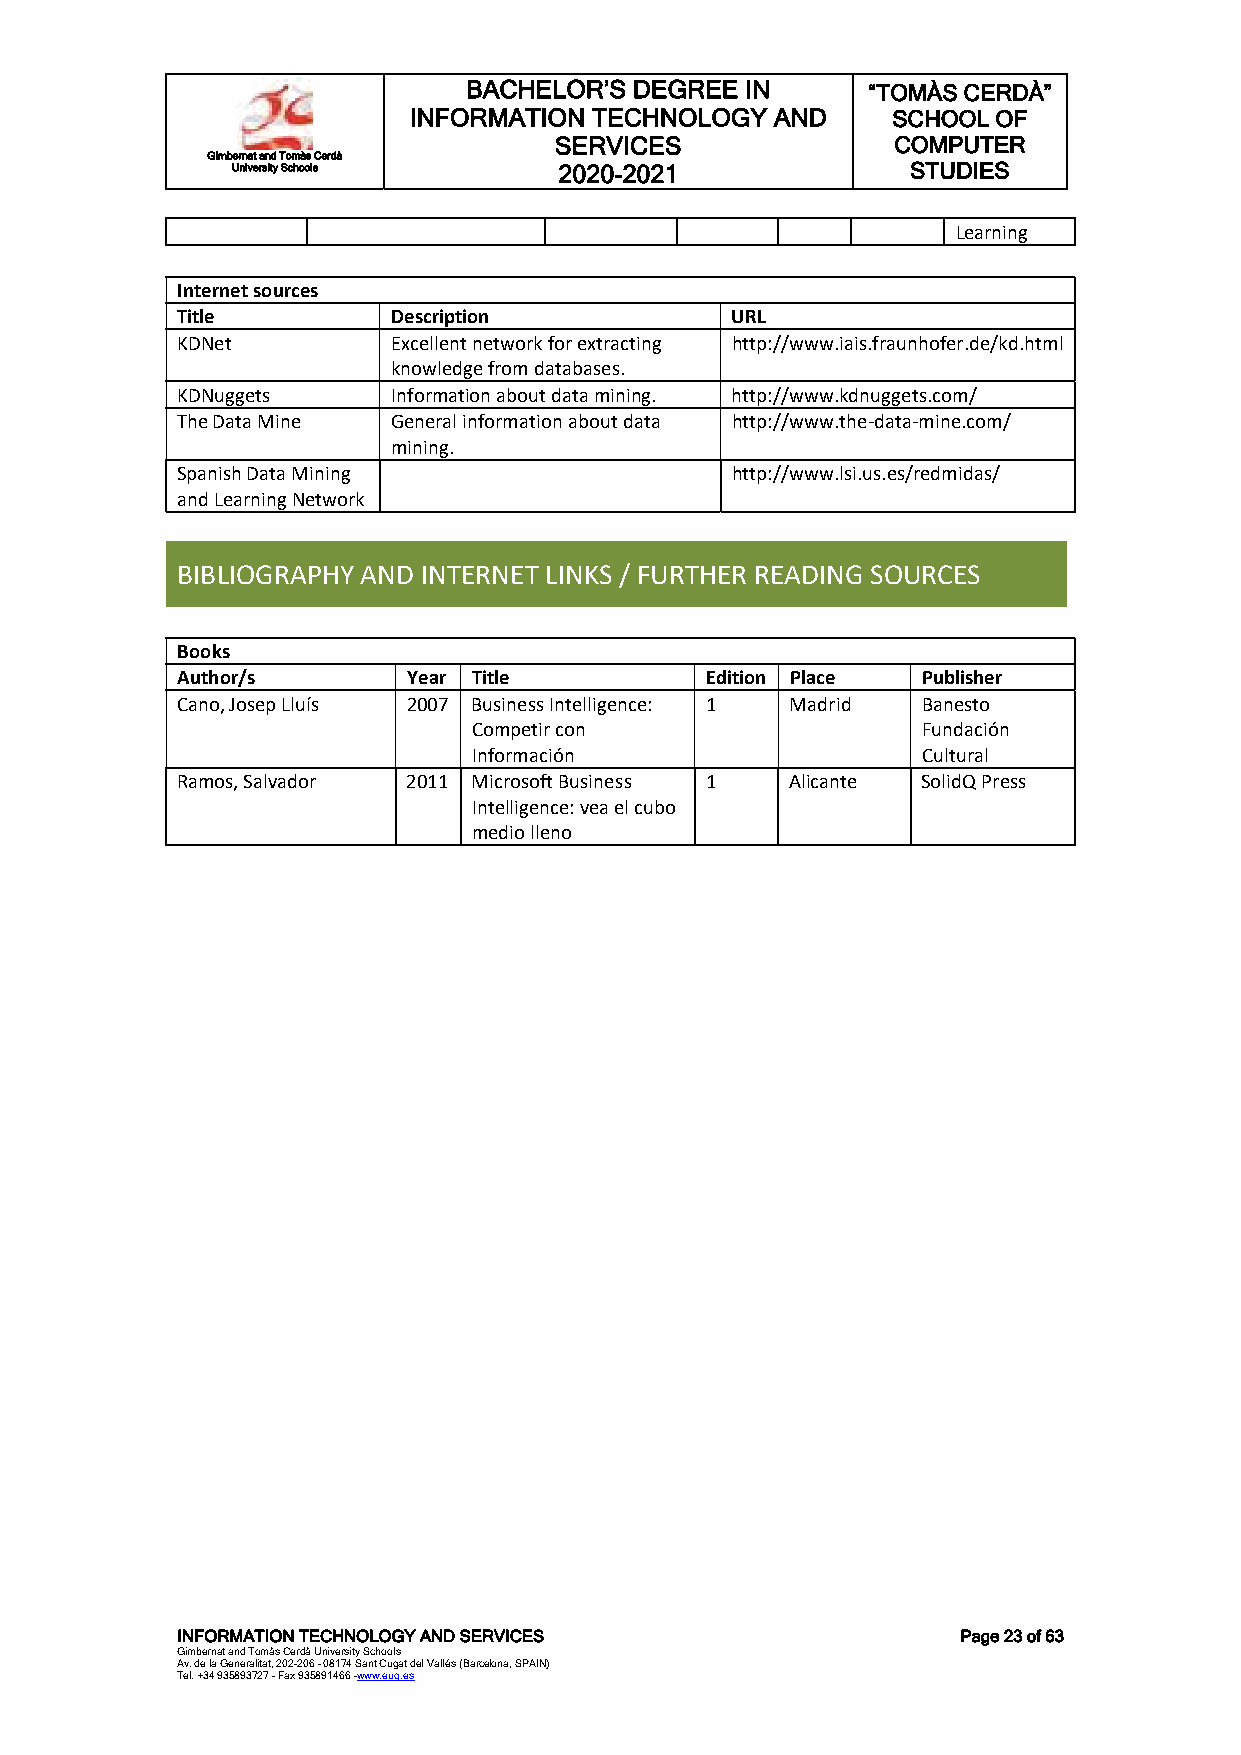
BACHELOR’S DEGREE IN      “TOMÀS CERDÀ”
 INFORMATION TECHNOLOGY  AND     SCHOOL OF
 SERVICES              COMPUTER
 Gimbernat and Tomàs Cerdà
 University Schools    2020-2021              STUDIES
 Learning
 Internet sources
 Title         Description           URL
 KDNet         Excellent network for extracting http://www.iais.fraunhofer.de/kd.html
 knowledge from databases.
 KDNuggets     Information about data mining. http://www.kdnuggets.com/
 The Data Mine General information about data http://www.the-data-mine.com/
 mining.
 Spanish Data Mining                 http://www.lsi.us.es/redmidas/
 and Learning Network
 BIBLIOGRAPHY AND INTERNET LINKS / FURTHER READING SOURCES
 Books
 Author/s       Year Title          Edition Place Publisher
 Cano, Josep Lluís 2007 Business Intelligence: 1 Madrid Banesto
 Competir con                  Fundación
 Información                   Cultural
 Ramos, Salvador 2011 Microsoft Business 1 Alicante SolidQ Press
 Intelligence: vea el cubo
 medio lleno
 INFORMATION TECHNOLOGY AND SERVICES                 Page 23 of 63
 Gimbernat and Tomàs Cerdà University Schools
 Av. de la Generalitat, 202-206 - 08174 Sant Cugat del Vallés (Barcelona, SPAIN)
 Tel. +34 935893727 - Fax 935891466 -www.eug.es